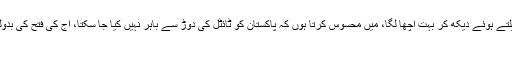
شاہد آفریدی نے کہا کہ ‘پاکستان کو اس طرح کھیلتے ہوئے دیکھ کر بہت اچھا لگا، میں محسوس کرتا ہوں کہ پاکستان کو ٹائٹل کی دوڑ سے باہر نہیں کیا جا سکتا، آج کی فتح کی بدولت یہ ٹیم ٹورنامنٹ میں کچھ انوکھا کر سکتی ہے
، پاکستان کو کمزور سمجھنا بڑی غلطی ہو گی۔